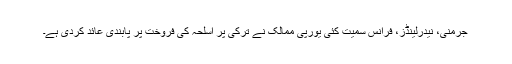
جرمنی، نیدرلینڈز، فرانس سمیت کئی یورپی ممالک نے ترکی پر اسلحہ کی فروخت پر پابندی عائد کردی ہے۔